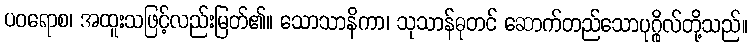
ပဝရောစ၊ အထူးသဖြင့်လည်းမြတ်၏။ သောသာနိကာ၊ သုသာန်ဓုတင် ဆောက်တည်သောပုဂ္ဂိုလ်တို့သည်။